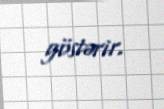
göstərir.